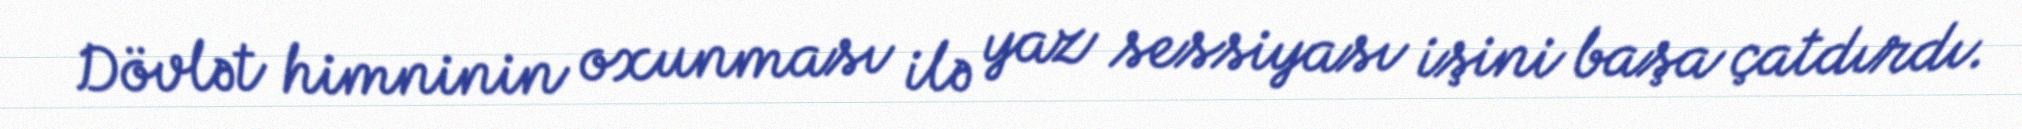
Dövlət himninin oxunması ilə yaz sessiyası işini başa çatdırdı.